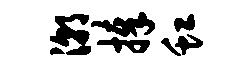
潮捧虹